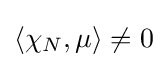
\langle \chi _{N},\mu \rangle \neq 0